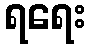
ရရေး